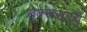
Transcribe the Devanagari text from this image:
बुक्ससाठी